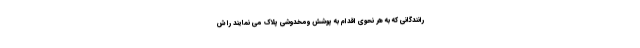
رانندگانی که به هر نحوی اقدام به پوشش ومخدوشی پلاک می نمایند را ش